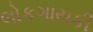
લોકગાયકી